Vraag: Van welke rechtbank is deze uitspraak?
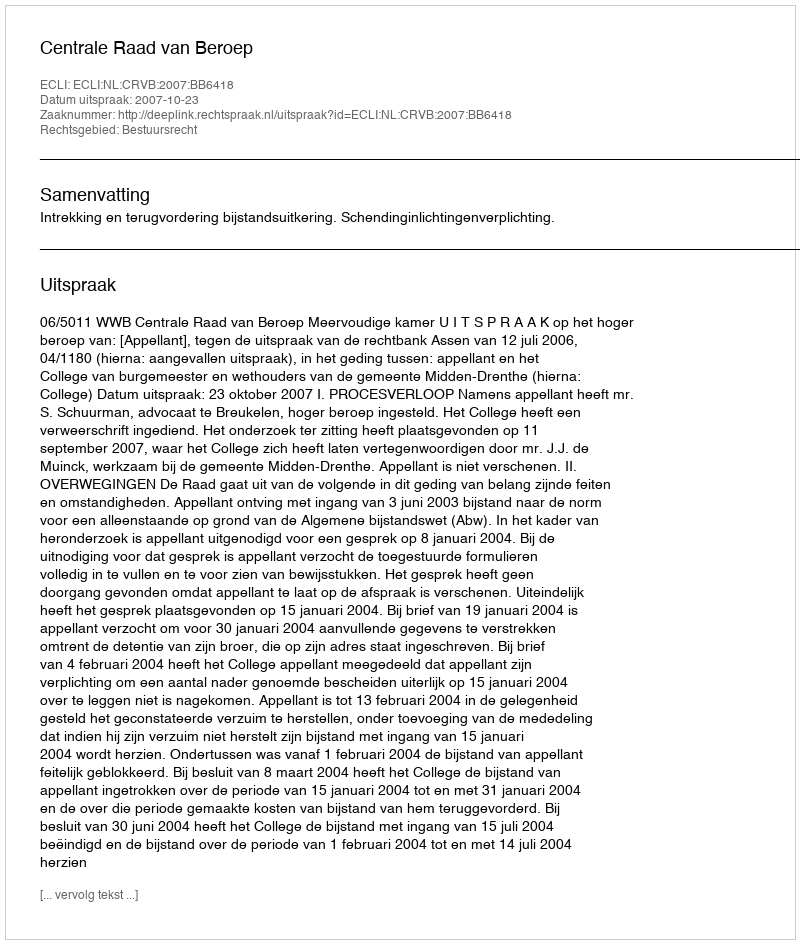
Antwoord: Centrale Raad van Beroep